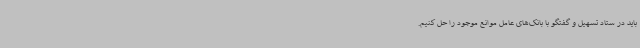
باید در ستاد تسهیل و گفتگو با بانک‌های عامل موانع موجود را حل کنیم.